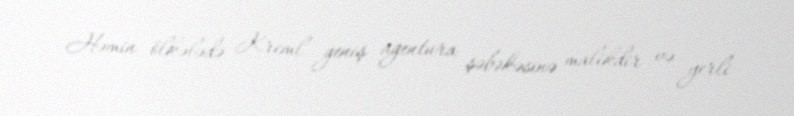
Həmin ölkələdə Kreml geniş agentura şəbəkəsinə malikdir və yerli